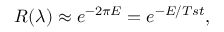
R ( \lambda ) \approx e ^ { - 2 \pi E } = e ^ { - E / T s t } ,